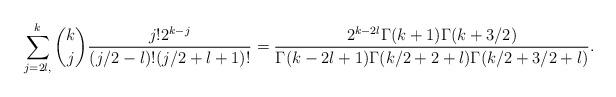
LaTeX: \begin{align*} \sum_{j=2l, }^k {k \choose j} \frac{j!2^{k-j}}{(j/2-l)!(j/2+l+1)!} = \frac{2^{k-2l}\Gamma(k+1)\Gamma(k+3/2)}{\Gamma(k-2l+1)\Gamma(k/2+2+l)\Gamma(k/2+3/2+l)}.\end{align*}